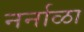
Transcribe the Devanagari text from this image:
नर्नाळा